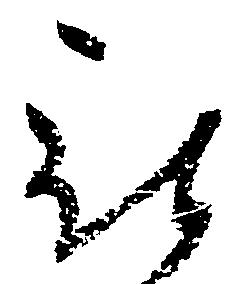
被